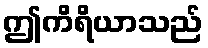
ဤကိရိယာသည်